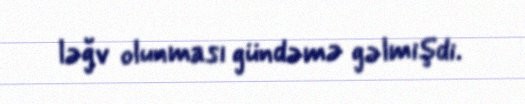
ləğv olunması gündəmə gəlmişdi.